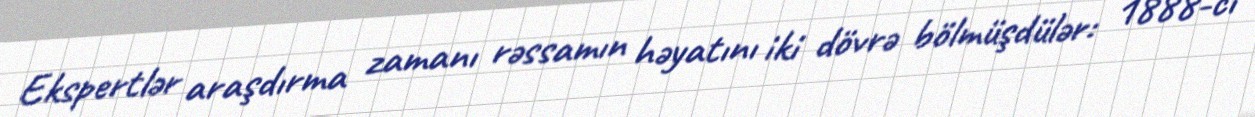
Ekspertlər araşdırma zamanı rəssamın həyatını iki dövrə bölmüşdülər: 1888-ci